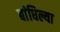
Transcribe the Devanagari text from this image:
बांधिल्या